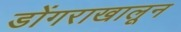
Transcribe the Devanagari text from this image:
डोंगराखालून